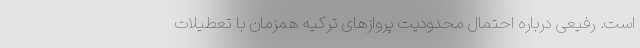
است. رفیعی درباره احتمال محدودیت پروازهای ترکیه همزمان با تعطیلات